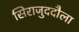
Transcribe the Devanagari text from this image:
सिराजुददौला